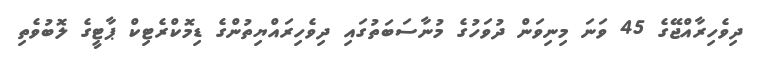
ދިވެހިރާއްޖޭގެ 45 ވަނަ މިނިވަން ދުވަހުގެ މުނާސަބަތުގައި ދިވެހިރައްޔިތުންގެ ޑިމޮކްރެޓިކް ޕާޓީގެ ލޮބުވެތި